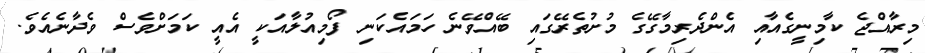
މިރާއްޖެ ކާމިނީގެއާއި އެންދެރިމާގޭގެ މުށުތެރޭގައި ބޭއްވޭނެ ހަމައެކަނި ފޯމިއުލާއަކީ އެއީ ކަމަށްވެސް ވެދާނެއެވެ.